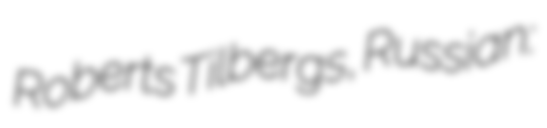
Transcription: Roberts Tilbergs, Russian: